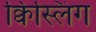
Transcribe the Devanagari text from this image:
क्विस्लिंग